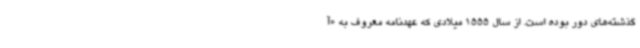
گذشته‌های دور بوده است. از سال 1555 میلادی که عهدنامه معروف به «آ